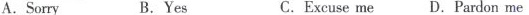
A.Sorry B.Yes C. Excuse me D.Pardon me